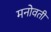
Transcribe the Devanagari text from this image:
मनोवती